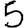
Digit: 5